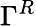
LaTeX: \Gamma^{R}